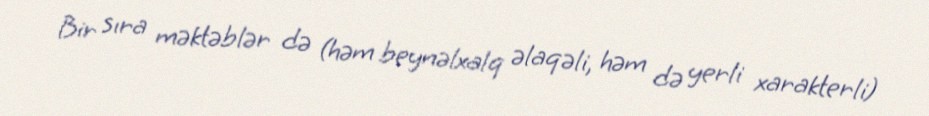
Bir sıra məktəblər də (həm beynəlxalq əlaqəli, həm də yerli xarakterli)